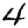
Digit: 4